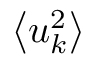
\bigl \langle u _ { k } ^ { 2 } \bigr \rangle